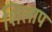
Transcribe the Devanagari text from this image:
शिलाप